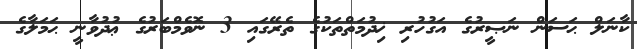
ކާނަލް ޙަސަން ނަޞީރުގެ އަގުހުރި ޚިދުމަތްތަކުގެ ތެރޭގައި 3 ނޮވެމްބަރުގެ ޢުދުވާނީ ޙަމަލާގެ